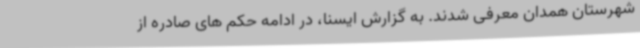
شهرستان همدان معرفی شدند. به گزارش ایسنا، در ادامه حکم های صادره از